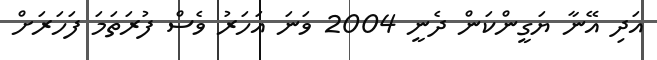
އަދި އޭނާ ޔަގީންކަން ދެނީ 2004 ވަނަ އަހަރު ވެސް ފުރަތަމަ ފަހަރަށް